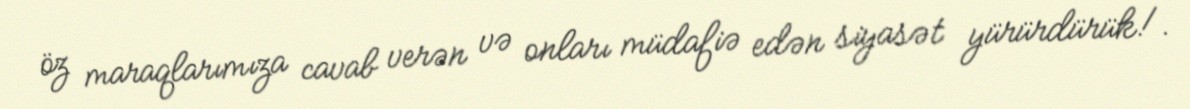
öz maraqlarımıza cavab verən və onları müdafiə edən siyasət yürürdürük!.